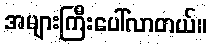
အများကြီးပေါ်လာတယ်။